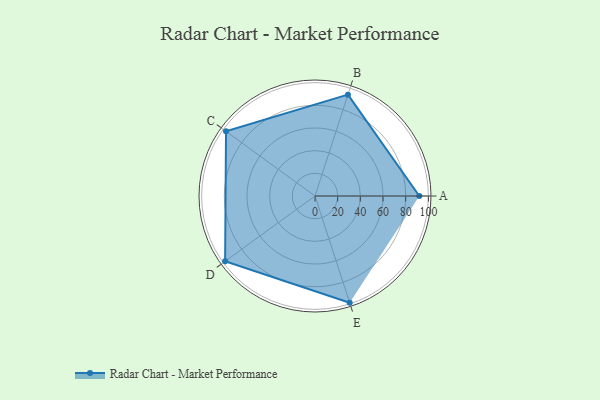
{"axis": {"x": "Skill", "y": "Score"}, "legend": ["Profile"], "data": [{"x": "A", "y": 92.0, "type": "Profile"}, {"x": "B", "y": 94.0, "type": "Profile"}, {"x": "C", "y": 97.0, "type": "Profile"}, {"x": "D", "y": 98.0, "type": "Profile"}, {"x": "E", "y": 99.0, "type": "Profile"}]}